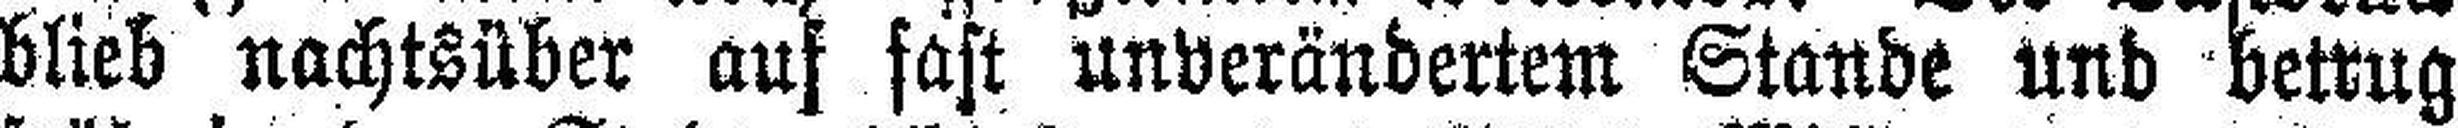
blieb nachtsüber auf fast unverändertem Stande und betrug